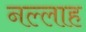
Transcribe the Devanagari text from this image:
नल्‍लाह